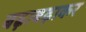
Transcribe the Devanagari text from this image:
बढ़ाबढ़ाकर